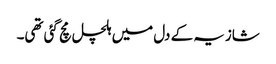
شازیہ کے دل میں ہلچل مچ گئی تھی۔